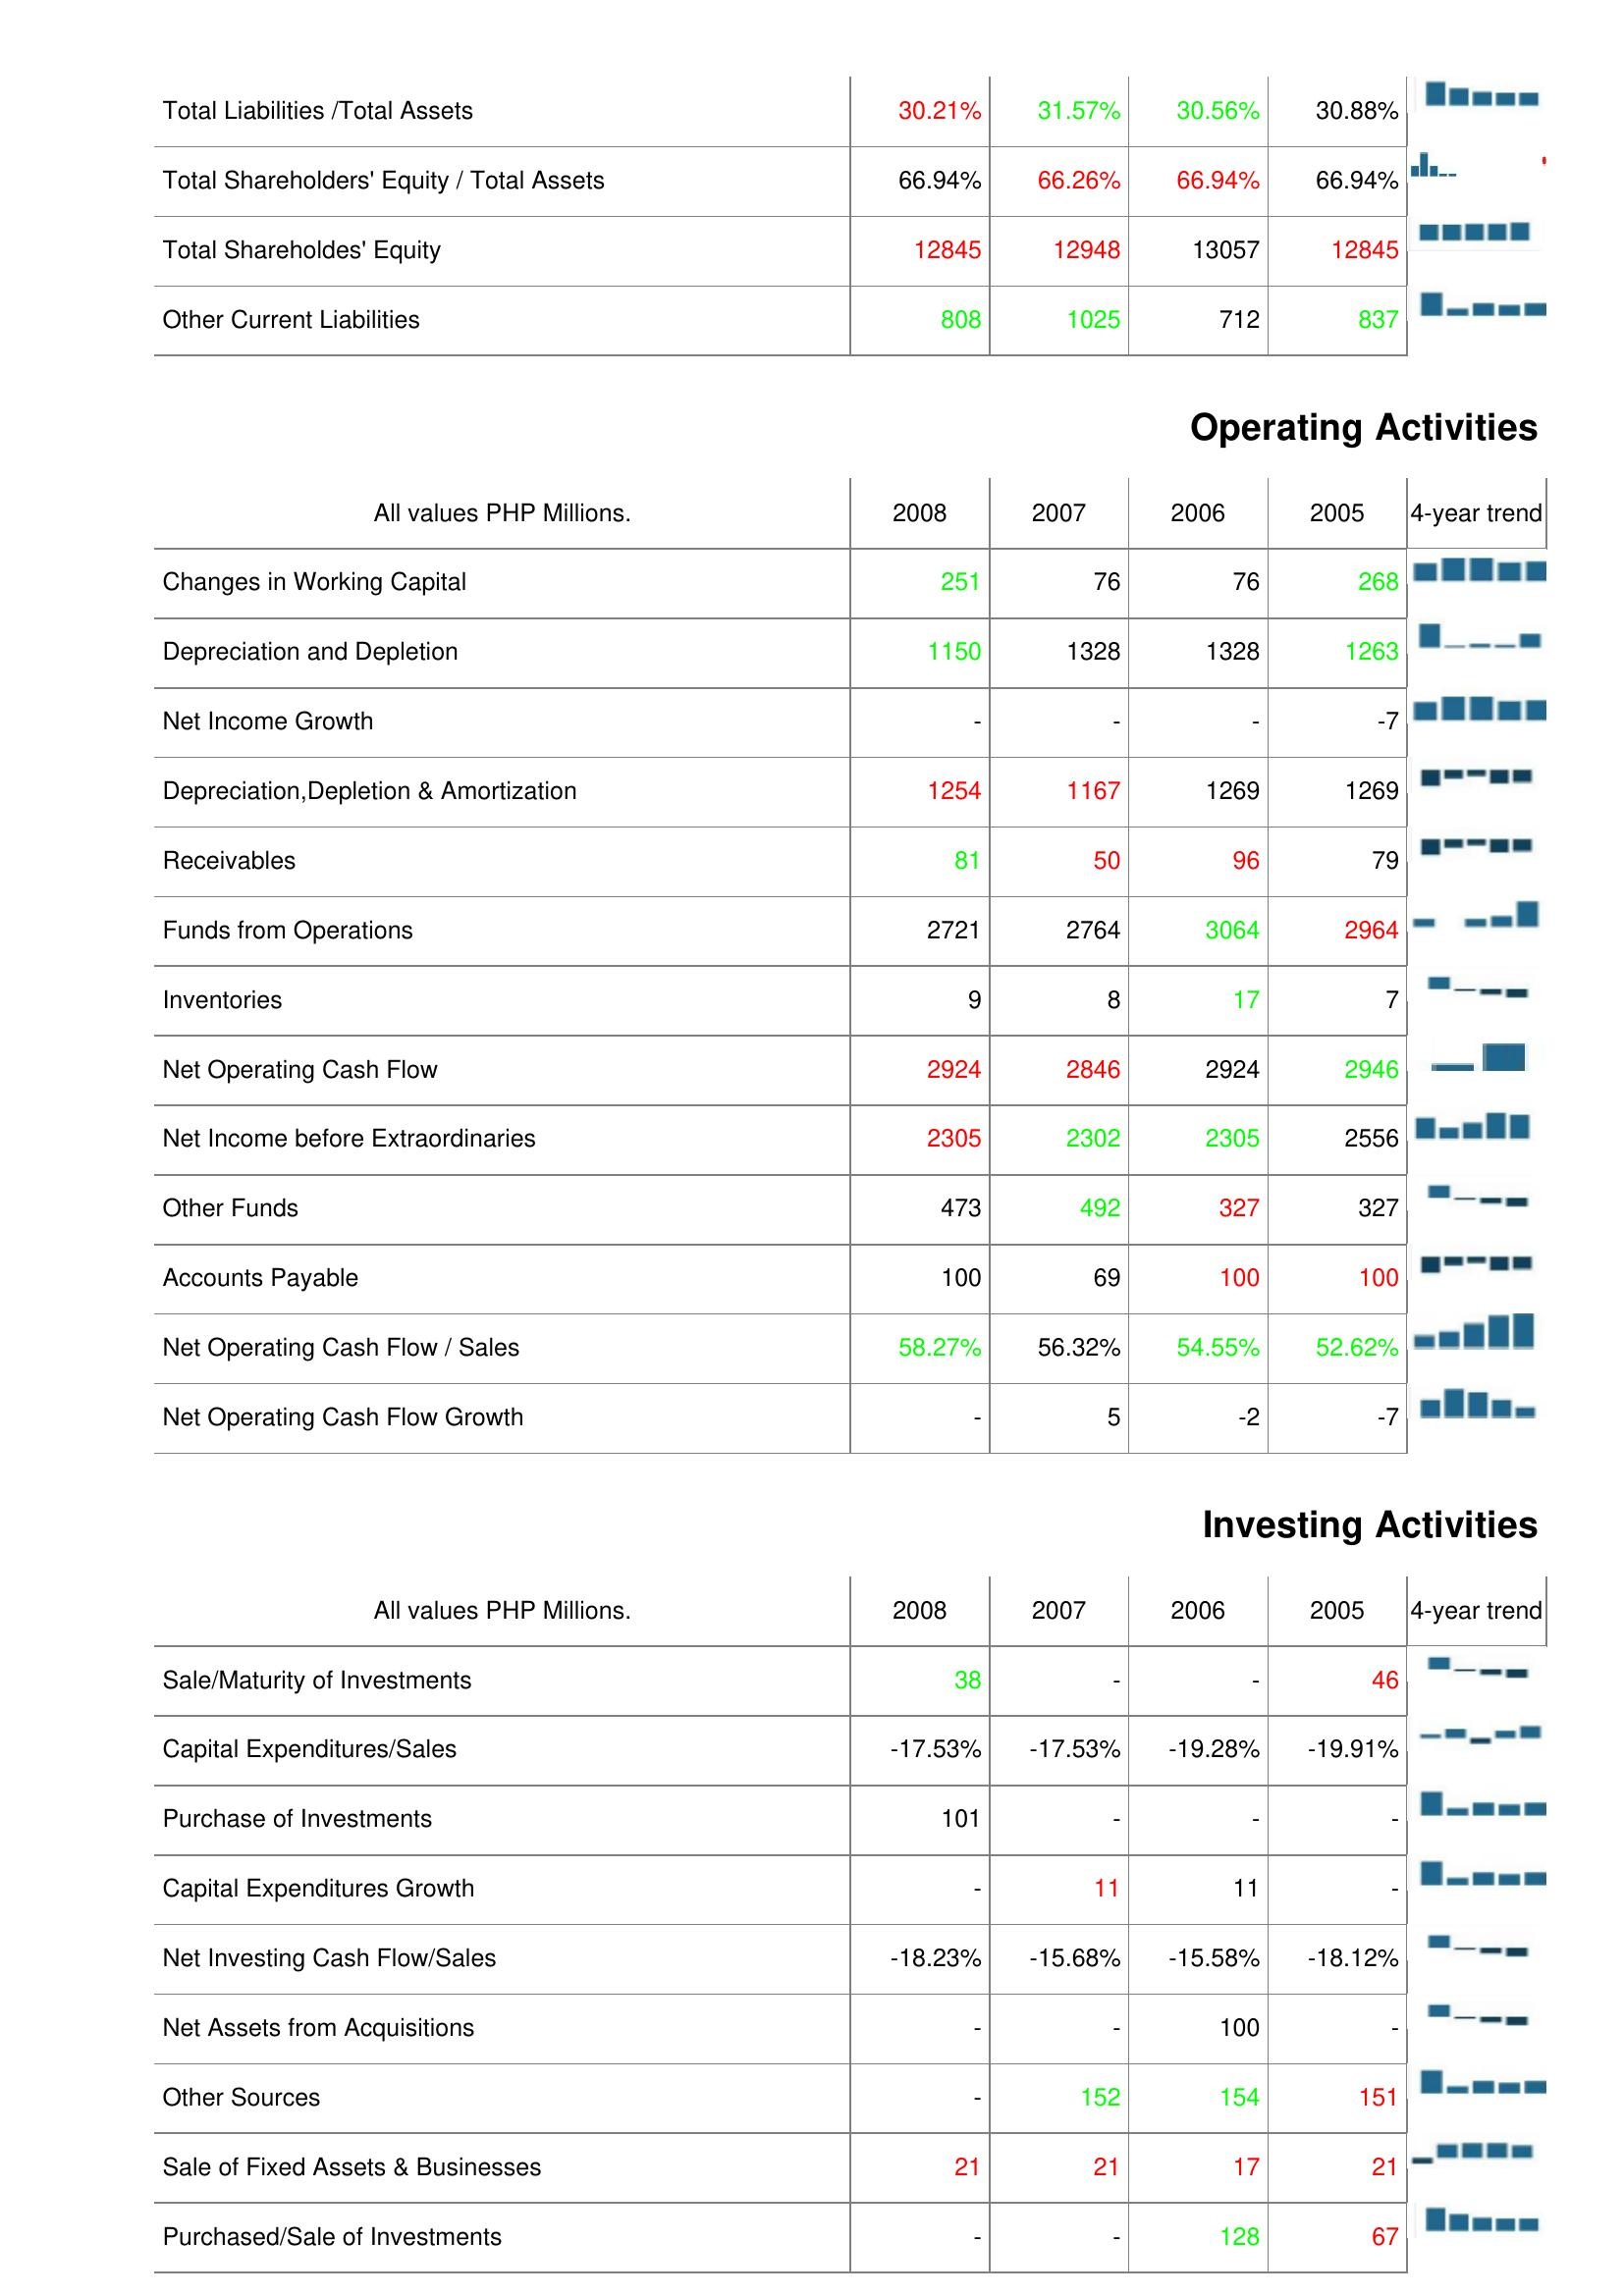
2008: Liabilities & Shareholder's Equity: Total Liabilities /Total Assets: 30.21%
Total Shareholders' Equity / Total Assets: 66.94%
Total Shareholdes' Equity: 12845
Other Current Liabilities: 808
Operating Activities: Changes in Working Capital: 251
Depreciation and Depletion: 1150
Net Income Growth: -
Depreciation,Depletion & Amortization: 1254
Receivables: 81
Funds from Operations: 2721
Inventories: 9
Net Operating Cash Flow: 2924
Net Income before Extraordinaries: 2305
Other Funds: 473
Accounts Payable: 100
Net Operating Cash Flow / Sales: 58.27%
Net Operating Cash Flow Growth: -
Investing Activities: Sale/Maturity of Investments: 38
Capital Expenditures/Sales: -17.53%
Purchase of Investments: 101
Capital Expenditures Growth: -
Net Investing Cash Flow/Sales: -18.23%
Net Assets from Acquisitions: -
Other Sources: -
Sale of Fixed Assets & Businesses: 21
Purchased/Sale of Investments: -
2007: Liabilities & Shareholder's Equity: Total Liabilities /Total Assets: 31.57%
Total Shareholders' Equity / Total Assets: 66.26%
Total Shareholdes' Equity: 12948
Other Current Liabilities: 1025
Operating Activities: Changes in Working Capital: 76
Depreciation and Depletion: 1328
Net Income Growth: -
Depreciation,Depletion & Amortization: 1167
Receivables: 50
Funds from Operations: 2764
Inventories: 8
Net Operating Cash Flow: 2846
Net Income before Extraordinaries: 2302
Other Funds: 492
Accounts Payable: 69
Net Operating Cash Flow / Sales: 56.32%
Net Operating Cash Flow Growth: 5
Investing Activities: Sale/Maturity of Investments: -
Capital Expenditures/Sales: -17.53%
Purchase of Investments: -
Capital Expenditures Growth: 11
Net Investing Cash Flow/Sales: -15.68%
Net Assets from Acquisitions: -
Other Sources: 152
Sale of Fixed Assets & Businesses: 21
Purchased/Sale of Investments: -
2006: Liabilities & Shareholder's Equity: Total Liabilities /Total Assets: 30.56%
Total Shareholders' Equity / Total Assets: 66.94%
Total Shareholdes' Equity: 13057
Other Current Liabilities: 712
Operating Activities: Changes in Working Capital: 76
Depreciation and Depletion: 1328
Net Income Growth: -
Depreciation,Depletion & Amortization: 1269
Receivables: 96
Funds from Operations: 3064
Inventories: 17
Net Operating Cash Flow: 2924
Net Income before Extraordinaries: 2305
Other Funds: 327
Accounts Payable: 100
Net Operating Cash Flow / Sales: 54.55%
Net Operating Cash Flow Growth: -2
Investing Activities: Sale/Maturity of Investments: -
Capital Expenditures/Sales: -19.28%
Purchase of Investments: -
Capital Expenditures Growth: 11
Net Investing Cash Flow/Sales: -15.58%
Net Assets from Acquisitions: 100
Other Sources: 154
Sale of Fixed Assets & Businesses: 17
Purchased/Sale of Investments: 128
2005: Liabilities & Shareholder's Equity: Total Liabilities /Total Assets: 30.88%
Total Shareholders' Equity / Total Assets: 66.94%
Total Shareholdes' Equity: 12845
Other Current Liabilities: 837
Operating Activities: Changes in Working Capital: 268
Depreciation and Depletion: 1263
Net Income Growth: -7
Depreciation,Depletion & Amortization: 1269
Receivables: 79
Funds from Operations: 2964
Inventories: 7
Net Operating Cash Flow: 2946
Net Income before Extraordinaries: 2556
Other Funds: 327
Accounts Payable: 100
Net Operating Cash Flow / Sales: 52.62%
Net Operating Cash Flow Growth: -7
Investing Activities: Sale/Maturity of Investments: 46
Capital Expenditures/Sales: -19.91%
Purchase of Investments: -
Capital Expenditures Growth: -
Net Investing Cash Flow/Sales: -18.12%
Net Assets from Acquisitions: -
Other Sources: 151
Sale of Fixed Assets & Businesses: 21
Purchased/Sale of Investments: 67